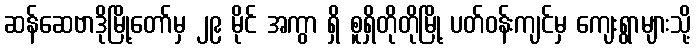
ဆန်ဆေဗာဒိုမြို့တော်မှ ၂၉ မိုင် အကွာ ရှိ စူရှိတိုတိုမြို့ ပတ်ဝန်းကျင်မှ ကျေးရွာများသို့